Insane asylums in Bengal annual reports 1876-1887 - 1876-1887
Year: 1876
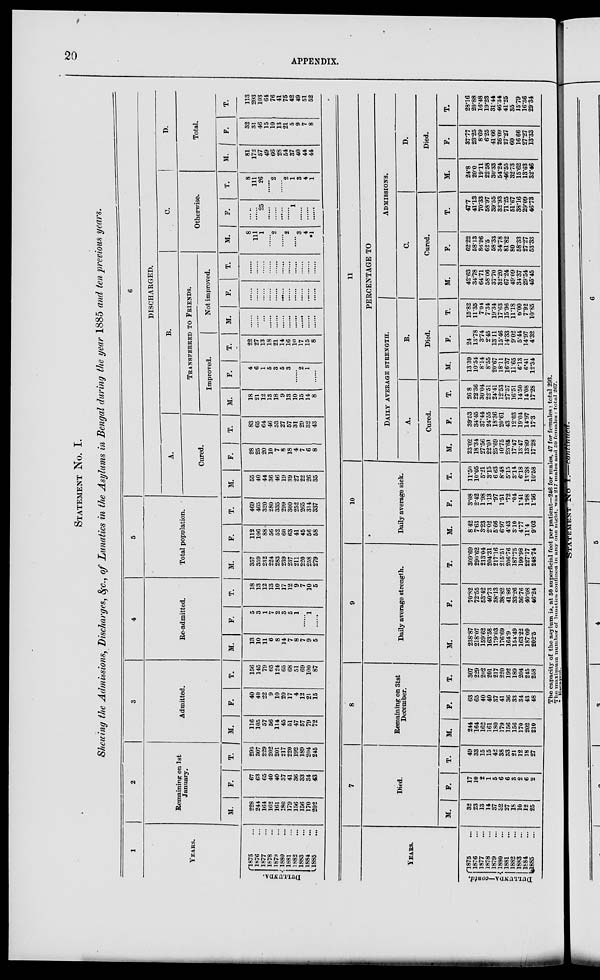
20
APPENDIX.
STATEMENT No . I.
Shoeing the Admissions, Discharges, &c., of Lunatics in the Asylums in Bengal during the year 1885 and ten previous years.
1
YEARS.
DULLUNDA.
1875 ...
1876 ...
1877 ...
1878 ...
1879 ...
1880 ...
1881 ...
1882 ...
1883 ...
1884 ...
1885 ...
2
Remaining on 1st
January.
M.
228
244
161
162
161
180
179
156
156
170
202
F.
67
63
C5
40
40
37
41
36
S3
34
43
T.
295
307
229
202
201
217
220
192
189
204
245
3
Admitted.
M.
116
105
57
56
114
45
51
47
57
79
72
F.
40
40
22
9
10
20
17
4
12
21
15
T.
156
145
79
65
124
65
68
51
69
100
87
4
Re-admitted.
M.
13
10
11
6
8
14
7
8
7
9
5
F.
5
3
1
7
2
3
5
1
......
1
......
T.
18
13
12
13
10
17
12
9
7
10
5
5
Total population.
M.
357
359
232
224
283
239
237
211
220
258
279
F.
112
106
88
56
52
60
63
41
45
56
58
T.
469
465
320
280
335
299
300
252
265
314
337
6
DISCHARGED.
A.
Cured.
M.
55
40
44
36
46
19
39
27
22
26
35
F.
28
25
20
10
7
8
18
4
7
6
8
T.
83
65
64
46
53
27
57
31
29
32
43
B.
TRANSFERRED TO FRIENDS.
Improved.
M.
18
21
12
13
18
9
13
10
15
14
8
F.
4
6
1
5
3
5
3
......
2
1
......
T.
22
27
13
18
21
14
16
10
17
15
8
Not improved.
M.
......
......
......
......
......
......
......
......
......
......
......
F.
......
......
......
......
......
......
......
......
......
......
......
T.
......
......
......
......
......
......
......
......
......
......
......
C.
Otherwise.
M.
8
111
1
......
2
......
2
......
3
4
*1
F.
......
25
......
......
......
......
1
......
......
......
T.
8
111
26
......
2
......
2
1
3
4
1
D.
Total.
M.
81
172
57
49
66
28 64
37
40
44
44
F.
32
31
46
15
10
13
21
5
9
7
8
T.
113
203
103
64
76
41
75 42
49
51
52
YEARS.
DULLUNDA—contd.
1875 ...
1876 ...
1877 ...
1878 ...
1879 ...
1880 ...
1881 ...
1882 ...
1883 ...
1884 ...
1885 ...
7
Died.
M.
32
23
13
14
37
32
27
18
10
12
25
F.
17
10
2
1
5
6
6
3
2
6
2
T.
49
33
15
15
42
38
33
21
12
18
27
8
Remaining on 31st
December.
M.
244
164
162
161
180
179
156
156
170
202
210
F.
63
65
40
40
37
41
36
33
34
43
48
T.
307
229
202
201
217
220
192
189
204
245
258
9
Daily average strength.
M.
238.87
218.07
159.62
163.58
179.03
176.69
164.9
154.49
163.22
187.09
202.5
F.
70.82
72.55
53.42
40.73
38.13
38.82
4186
33.26
36.76
40.08
46.24
T.
309.69
290.62
213.04
204.31
217.16
215.51
206.76
187.75
199.98
227.17
248.74
10
Daily average sick.
M.
8.42
7.63
3.23
2.02
5.66
6.97
4.43
3.10
4.77
11.4
9.02
F.
3.08
2.42
1.98
113
.97
1.51
.72
.04
1.41
1.98
1.56
T.
11.50
10.05
5.21
3.15
6.63
8.48
5.15
3.14
6.18
13.38
10.58
11
PERCENTAGE TO
DAILY
AVERAGE
STRENGTH.
A.
Cured.
M.
23.02
18.34
27.56
22.01
25.69
10.75
23.66
17.47
13.47
13.89
17.28
F.
39.53
34.46
37.44
24.55
18.36
20.61
43
12.03
19.04
14.97
17.3
T.
26.8
22.36
30.04
22.51
24.41
12.53
27.57
16.51
14.50
14.08
17.28
B.
Died.
M.
13.39
10.54
8.14
8.55
20.67
18.11
16.37
11.65
6.13
6.41
12.34
F.
24
13.78
3.74
2.45
13.11
15.46
14.33
9.02
5.44
14.97
4.32
T.
15.82
11.35
7.04
7.34
19.34
17.63
15.96
11.18
6.00
7.92
10.85
ADMISSIONS.
C.
Cured.
M.
42.63
34.78
64.71
58.06
37.70
32.20
67.24
49.09
34.37
29.54
45.45
F.
62.22
58.13
86.96
62.5
58.33
34.78
81.82
80
58.33
27.27
53.33
T.
47.7
41.13
70.33
58.97
39.55
32.93
71.25
51.67
38.16
29.09
46.73
D.
Died.
M.
24.8
20.0
19.11
22.58
30.33
54.24
46.55
32.73
15.62
13.63
32.46
F.
37.77
23.25
8.69
6.25
41.66
26.09
27.27
60
16.66
27.27
13.33
T.
28.16
20.88
16.48
19.23
31.44
46.34
41.25
35
15.79
16.36
29.34
The capacity of the asylum is, at 50 superficial feet per patient—246 for males, 47 for females: total 293.
The maximum number of lunatics confined in any one night, was 217 males and 50 females : total 267.
*Escaped.